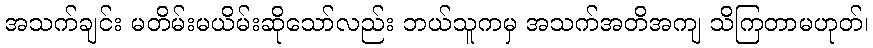
အသက်ချင်း မတိမ်းမယိမ်းဆိုသော်လည်း ဘယ်သူကမှ အသက်အတိအကျ သိကြတာမဟုတ်၊